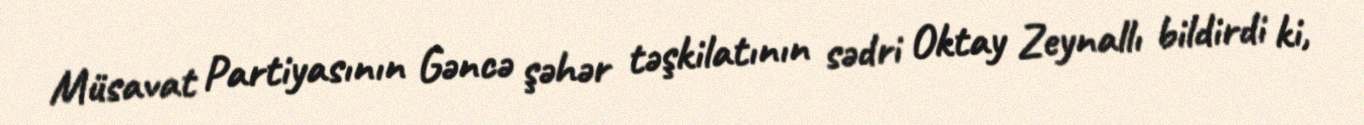
Müsavat Partiyasının Gəncə şəhər təşkilatının sədri Oktay Zeynallı bildirdi ki,